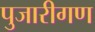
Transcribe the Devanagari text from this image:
पुजारीगण